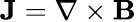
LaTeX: \mathbf{J}=\nabla\times\mathbf{B}